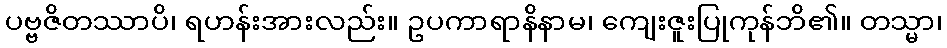
ပဗ္ဗဇိတဿာပိ၊ ရဟန်းအားလည်း။ ဥပကာရာနိနာမ၊ ကျေးဇူးပြုကုန်ဘိ၏။ တသ္မာ၊